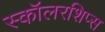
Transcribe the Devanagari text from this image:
स्कॉलरशिप्स